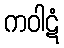
ကဝါဋံ